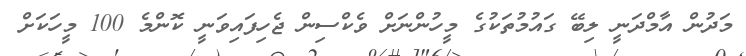
މަދުން އާމްދަނީ ލިބޭ ގައުމުތަކުގެ މީހުންނަށް ވެކްސިން ޖެހިފައިވަނީ ކޮންމެ 100 މީހަކަށް